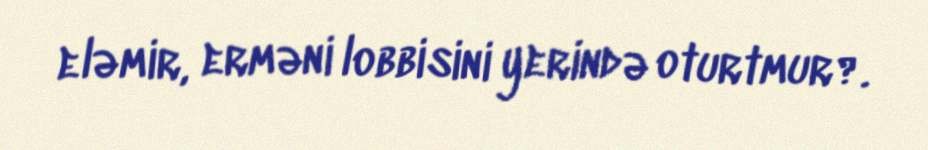
eləmir, erməni lobbisini yerində oturtmur?.